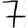
Digit: 7